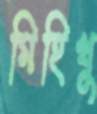
মিহিখু